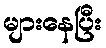
များနေပြီး